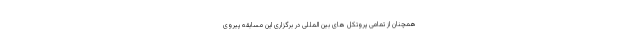
همچنان از تمامی پروتکل های بین المللی در برگزاری این مسابقه پیروی